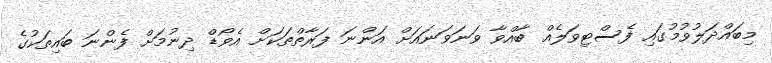
މިބައްދަލުވުމުގައި ފެސްޓިވަލެއް ބާއްވާ ވަނަވަނައަށް އަންނަ ފަރާތްތަކަށް އެވޯޑް ދިނުމަށް ފެންނަ ބައިތަކުގެ